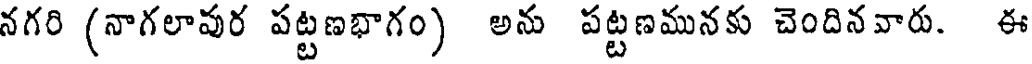
నగరి (నాగలావుర పట్టణభాగం) అను పట్టణమునకు చెందినవారు. ఈ